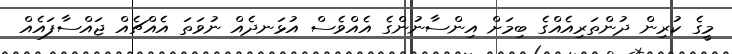
މީގެ ކުރިން ދުންތަރިއެއްގެ ބިމަށް އިންސާނުންގެ އެއްވެސް އުޅަނދެއް ނުވަތަ އެއްޗެއް ޖައްސާފައެއް